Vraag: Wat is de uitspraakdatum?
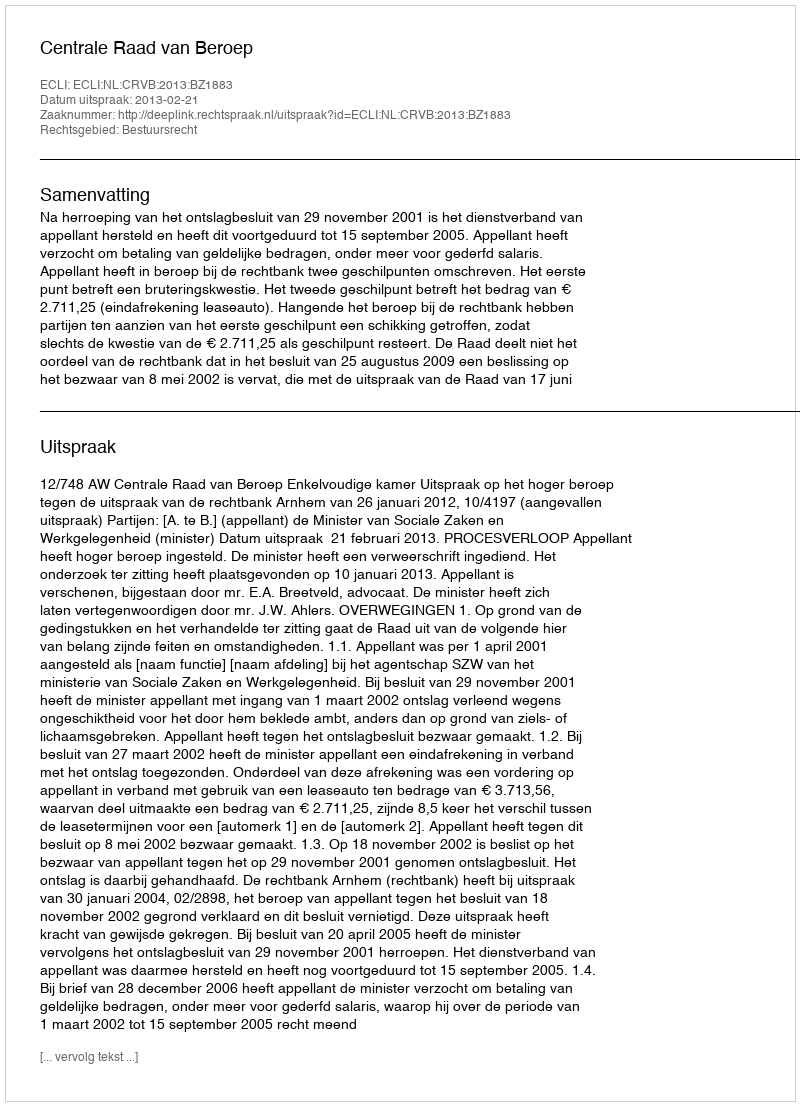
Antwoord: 2013-02-21